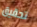
تحقيق